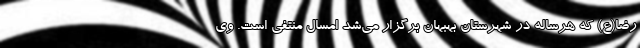
رضا(ع) که هرساله در شهرستان بهبهان برگزار می‌شد امسال منتفی است. وی